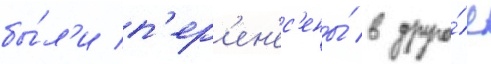
бы́л'и п'ер'ен'ес'ены́ в друго́е